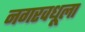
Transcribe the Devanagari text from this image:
नगरवधूला